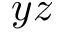
y z